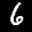
Label: 6